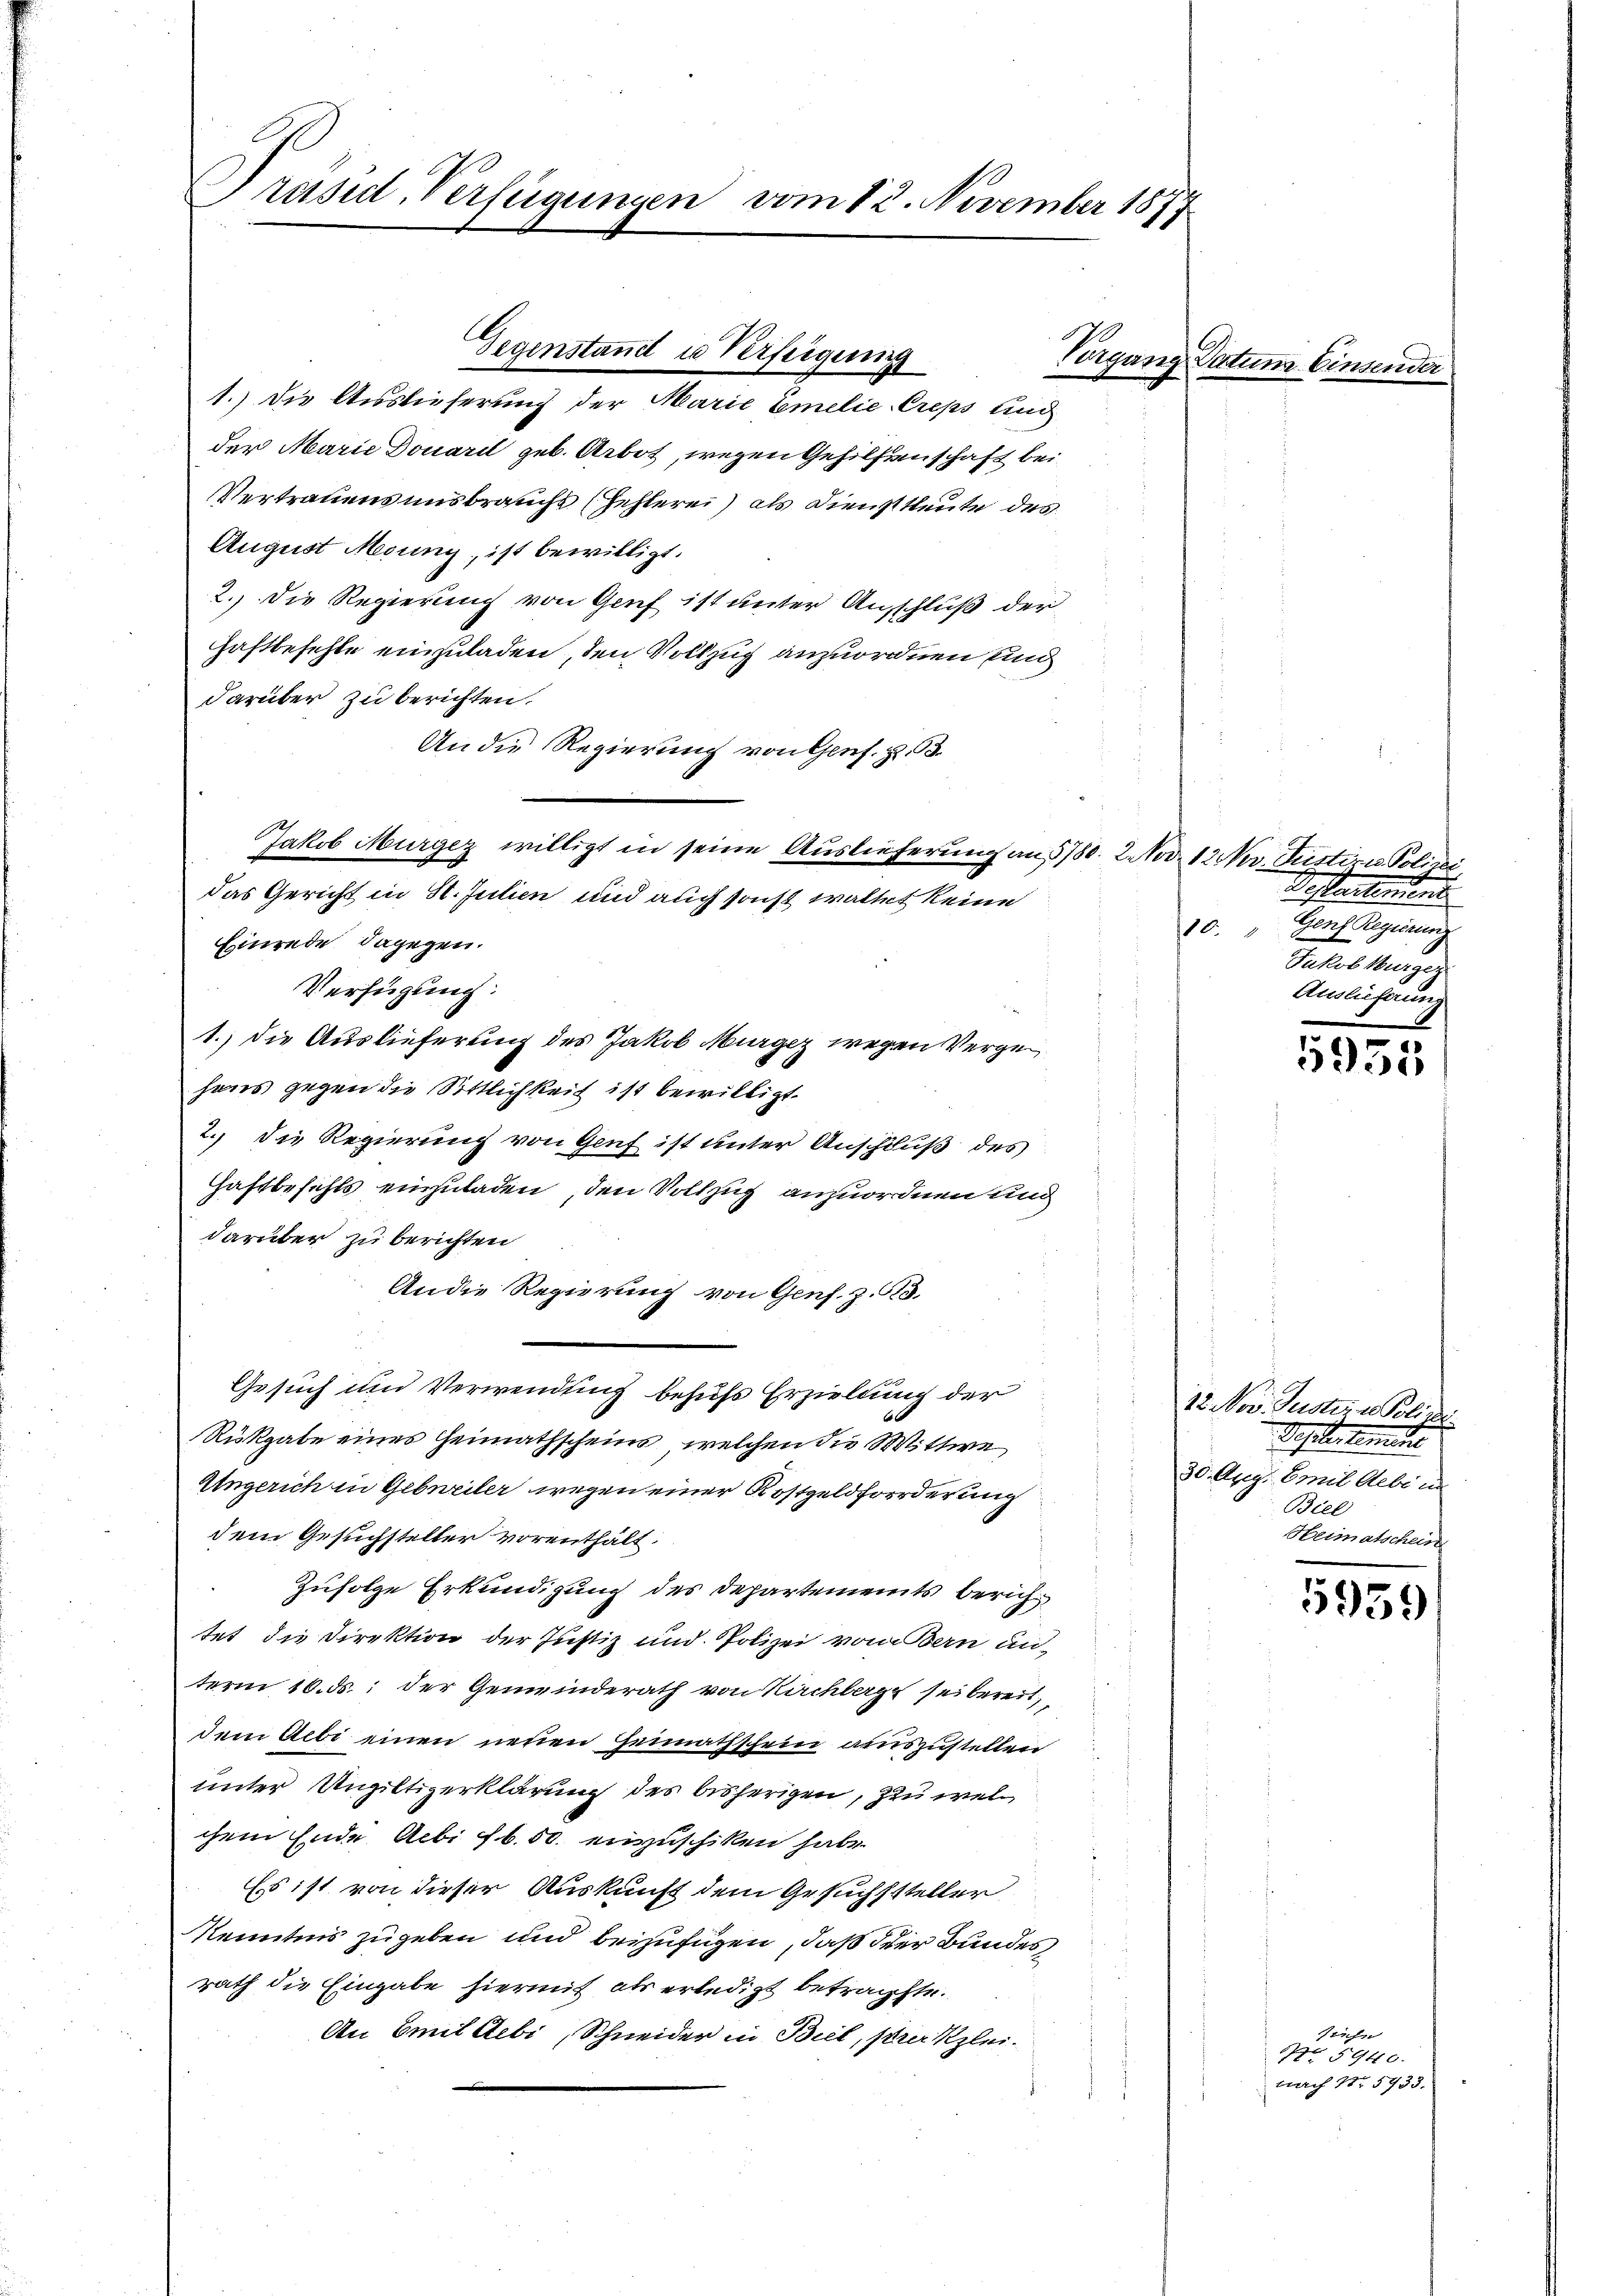
Präsid. Verfügungen vom 12. November 1877

1.) Die Auslieferung der Marie bemelie Creps und
der Marie Douard geb. Arbot, wegen Gehilfenschaft bei
Vertrauensmisbrauchs (Fehlerei) als Dienstleute des
August Medung, ist bewilligt.
2.) Die Regierung von Genf ist unter Ausschluß der
Haftbefehle einzuladen, den Vollzug anzuordnen sind
darüber zu berichten.
An die Regierung von Genf. §. 3.
Jakob Murgez willigt in seine Auslieferung an 5780. 2. Nov. 12 Ner Justire Polizei
das Gericht in St. Julien und auch sonst waltet keine
Hinrede dagegen.
Verfügung:
1.) die Auslieferung des Jakob Murger wegen Vergehaus gegen die Sittlichkeit ist bewilligt.
2.) Die Regierung von Gruf ist unter Anschluß des
Haftbefehls einzuladen, den Vollzug anzuordnen und
darüber zu berichten
An die Regierung von Genf. Z. 63.
Gesuch und Verwendung behufs Erzielung der
Rükgabe eines Heimathscheins, welchen die Wittwe
Ungerich in Gebweiler wegen einer Rostgeldforderung
dem Gesuchsteller vorenthält.
Zufolge Erkundigung des Departements berichtet die Direktion der Justiz und Polizei vom Bern un-
term 16. ds. der Gemeinderath von Kirchberge sei bereit
dem Albi einen neuen Hennathschein auszustellen
unter Ungiltigerklärung des bisherigen, zu welchem Ende Acbi fl. 50. einzuschiken habe.
Es ist von dieser Auskunft dem Gesuchssteller
Kenntnis zugeben und beizufügen, daß der Bundes
rath die Eingabe hierauf als erledigt betragste.
An Emil Aebi, Schneider in Biel, strer klei¬

Gegenstand u Verfeigung

Vorgang Datum Ein¬

4200.

Dessartement
Genf Regierun
10.
Satis Mange
Auslieferung

5935

12. Nov. Justiz u. Polize
Dessertement
30. Arg. Emil Albi in
Biel
Heimatschein

5959

saufge
No 5940.
bach No 5933.